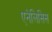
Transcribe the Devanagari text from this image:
एनेलिसिस